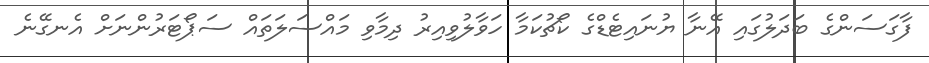
ފާގަސަންގެ ބަދަލުގައި އޭނާ ޔުނައިޓެޑްގެ ކޯޗުކަމާ ހަވާލުވިއިރު ދިމާވި މައްސަލަތައް ސަޕޯޓަރުންނަށް އެނގޭނެ